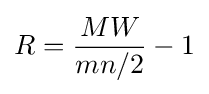
R={\frac {MW}{mn/2}}-1